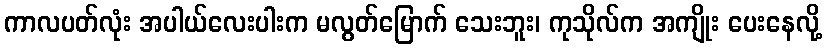
ကာလပတ်လုံး အပါယ်လေးပါးက မလွတ်မြောက် သေးဘူး၊ ကုသိုလ်က အကျိုး ပေးနေလို့